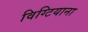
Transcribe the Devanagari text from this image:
विग्टियाना